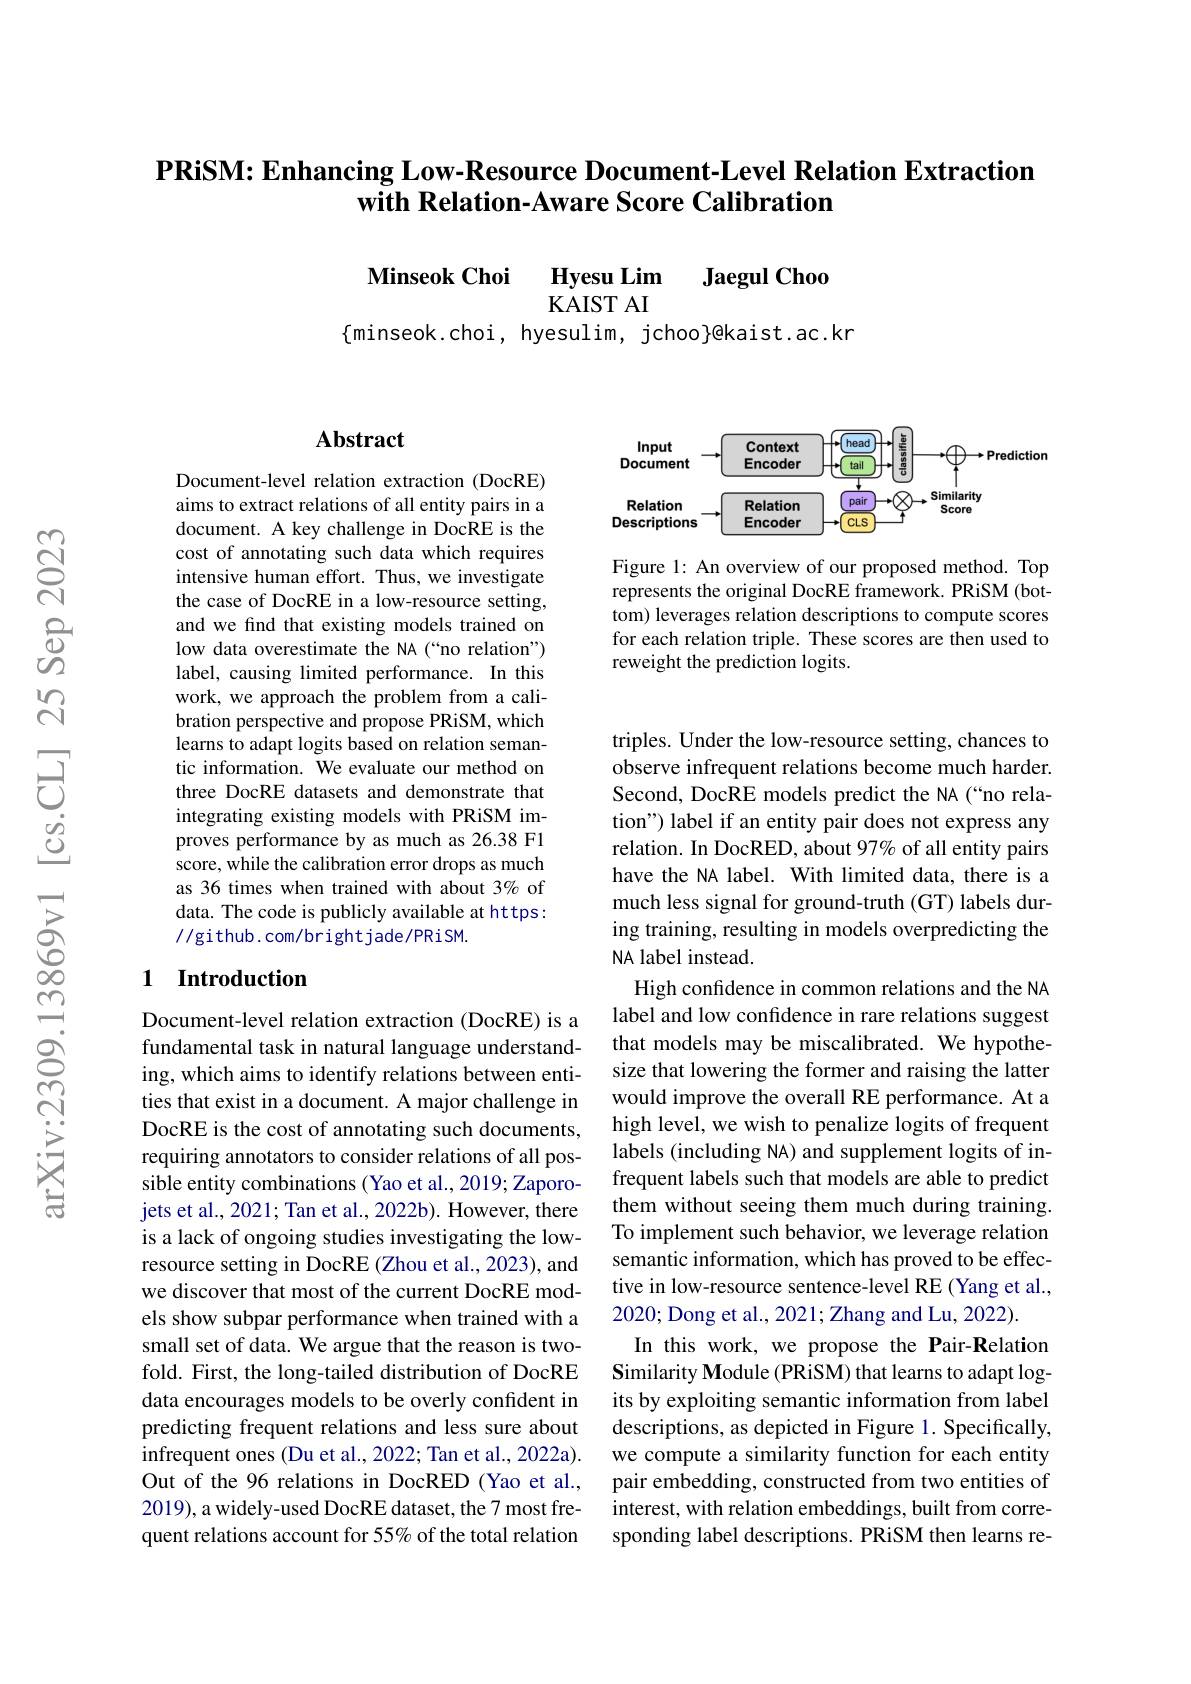
### PRiSM: Enhancing Low-Resource Document-Level Relation Extraction with Relation-Aware Score Calibration

$\begin{array}{ccc}\textbf{Minseok Choi}&\textbf{Hyesu Lim}&\textbf{Jaegul Choo}\\&\text{KAIST AI}\end{array}$

$\{$minseok.choi, hyesulim, jchoo}@kaist.ac.kr

## Abstract

Document-level relation extraction (DocRE) aims to extract relations of all entity pairs in a document. A key challenge in DocRE is the cost of annotating such data which requires intensive human effort. Thus, we investigate the case of DocRE in a low-resource setting, and we find that existing models trained on low data overestimate the NA (“no relation”) label, causing limited performance. In this work, we approach the problem from a calibration perspective and propose PRiSM, which learns to adapt logits based on relation semantic information. We evaluate our method on three DocRE datasets and demonstrate that integrating existing models with PRiSM improves performance by as much as 26.38 F1 score, while the calibration error drops as much as 36 times when trained with about 3% of data. The code is publicly available at https: //github.com/brightjade/PRiSM.

### 1 Introduction

Document-level relation extraction (DocRE) is a fundamental task in natural language understanding, which aims to identify relations between entities that exist in a document. A major challenge in DocRE is the cost of annotating such documents, requiring annotators to consider relations of all possible entity combinations (Yao et al., 2019; Zaporojets et al., 2021; Tan et al., 2022b). However, there is a lack of ongoing studies investigating the lowresource setting in DocRE (Zhou et al., 2023), and we discover that most of the current DocRE models show subpar performance when trained with a small set of data. We argue that the reason is twofold. First, the long-tailed distribution of DocRE data encourages models to be overly confident in predicting frequent relations and less sure about infrequent ones (Du et al., 2022; Tan et al., 2022a). Out of the 96 relations in DocRED (Yao et al., 2019), a widely-used DocRE dataset, the 7 most frequent relations account for 55% of the total relation

<FigureHere>

Figure 1: An overview of our proposed method. Top represents the original DocRE framework. PRiSM (bottom) leverages relation descriptions to compute scores for each relation triple. These scores are then used to reweight the prediction logits.

triples. Under the low-resource setting, chances to observe infrequent relations become much harder. Second, DocRE models predict the NA (“no relation") label if an entity pair does not express any relation. In DocRED, about 97% of all entity pairs have the NA label. With limited data, there is a much less signal for ground-truth (GT) labels during training, resulting in models overpredicting the NA label instead.
High confidence in common relations and the NA label and low confidence in rare relations suggest that models may be miscalibrated. We hypothesize that lowering the former and raising the latter would improve the overall RE performance. At a high level, we wish to penalize logits of frequent labels (including NA) and supplement logits of infrequent labels such that models are able to predict them without seeing them much during training. To implement such behavior, we leverage relation semantic information, which has proved to be effective in low-resource sentence-level RE (Yang et al., 2020; Dong et al., 2021; Zhang and Lu, 2022).
In this work, we propose the Pair-Relation Similarity Module (PRiSM) that learns to adapt logits by exploiting semantic information from label descriptions, as depicted in Figure 1. Specifically, we compute a similarity function for each entity pair embedding, constructed from two entities of interest, with relation embeddings, built from corresponding label descriptions. PRiSM then learns re-